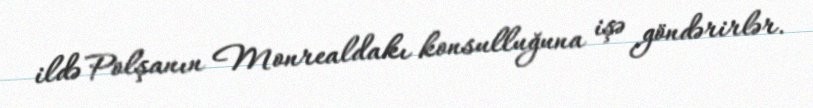
ildə Polşanın Monrealdakı konsulluğuna işə göndərirlər.